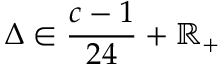
\Delta \in { \frac { c - 1 } { 2 4 } } + \mathbb { R } _ { + }